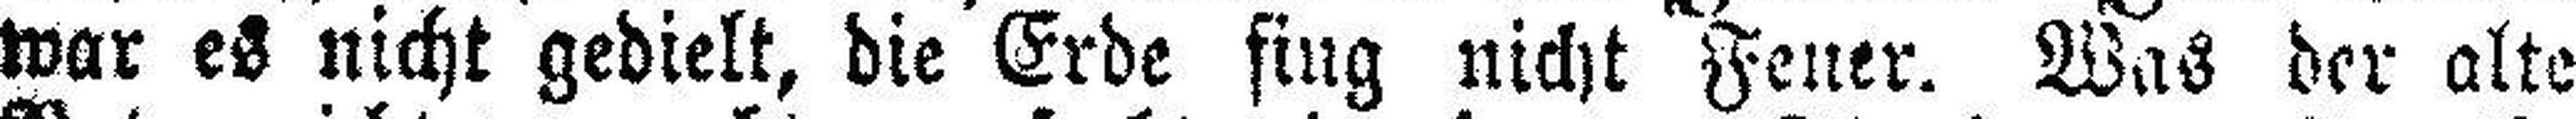
war es nicht gedielt, die Erde fing nicht Feuer. Was der alte